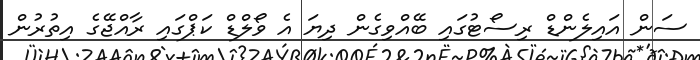
ސަން އައިލެންޑް ރިސޯޓުގައި ބޭއްވިގެން ދިޔަ އެ ވޯލްޑް ކަޕްގައި ރާއްޖޭގެ އިތުރުން